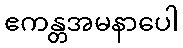
ဧကန္တအမနာပေါ